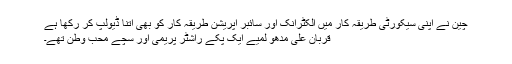
چین نے اپنی سیکورٹی طریقہ کار میں الکٹرانک اور سائبر آپریشن طریقہ کار کو بھی اتنا ڈیولپ کر رکھا ہے
قربان علی مدھو لمیے ایک پکے راشٹر پریمی اور سچے محب وطن تھے۔